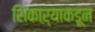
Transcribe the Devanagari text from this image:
शिकाऱ्याकडून